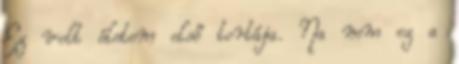
Ez volt életem első tortája. Na nem ez a